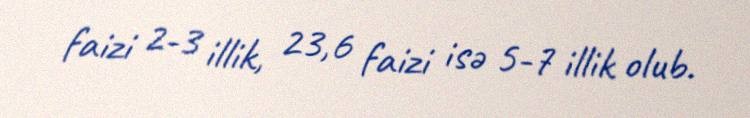
faizi 2-3 illik, 23,6 faizi isə 5-7 illik olub.